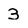
Character: 3